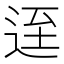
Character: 𨒬